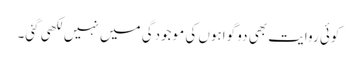
کوئی روایت بھی دو گواہوں کی موجودگی میں نہیں لکھی گئی۔